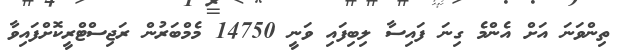
ތިންވަނަ އަށް އެންމެ ގިނަ ފައިސާ ލިބިފައި ވަނީ 14750 މެމްބަރުން ރަޖިސްޓްރީކޮށްފައިވާ